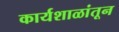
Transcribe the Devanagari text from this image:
कार्यशाळांतून